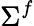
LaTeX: \Sigma^{f}